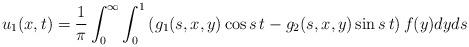
LaTeX: \begin{align*}u_1(x,t)=\frac{1}{\pi} \int_0^\infty \int_0^1 \left(g_1(s,x,y) \cos{s\,t} - g_2(s,x,y)\sin{s\,t} \right) f(y) dy ds\end{align*}